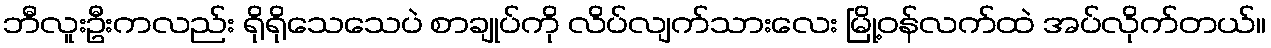
ဘီလူးဦးကလည်း ရိုရိုသေသေပဲ စာချုပ်ကို လိပ်လျက်သားလေး မြို့ဝန်လက်ထဲ အပ်လိုက်တယ်။